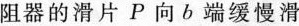
阻器的滑片P向b端缓慢滑